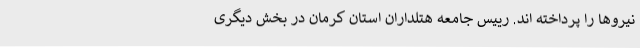
نیروها را پرداخته اند. رییس جامعه هتلداران استان کرمان در بخش دیگری